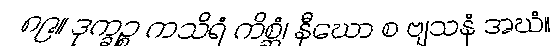
၈၉။ ဒုက္ခဉ္စ ကသိရံ ကိစ္ဆံ၊ နီဃော စ ဗျသနံ အဃံ။